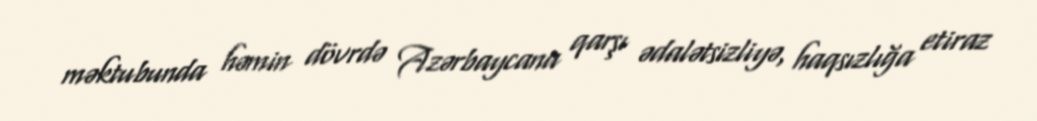
məktubunda həmin dövrdə Azərbaycana qarşı ədalətsizliyə, haqsızlığa etiraz